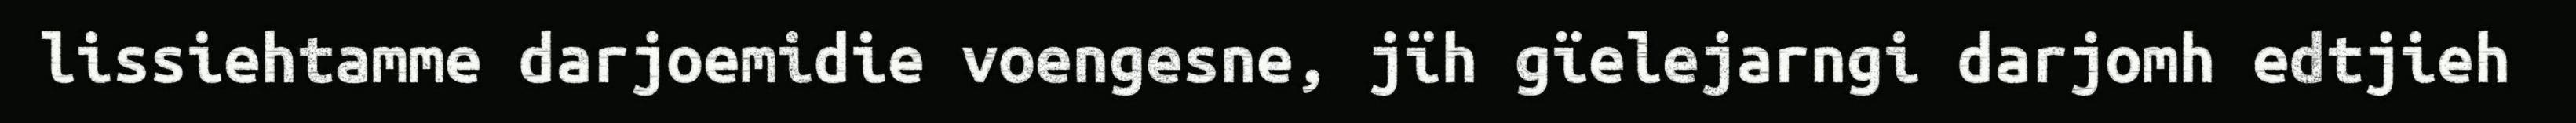
lissiehtamme darjoemidie voengesne, jïh gïelejarngi darjomh edtjieh